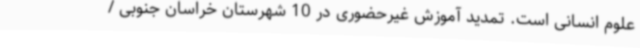
علوم انسانی است. تمدید آموزش غیرحضوری در 10 شهرستان خراسان جنوبی /